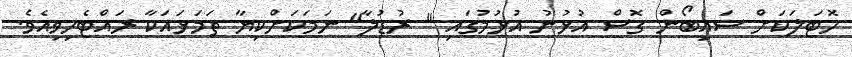
ހޮޓަލަކަށް ސައިބޯން ގޮސް އުޅުނު އުޅުމުގައި " ރުޑުލާ" ނަމަކަށްކިޔާ ތަމަޅައަކާ ރައްޓެހިވިއެވެ.